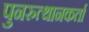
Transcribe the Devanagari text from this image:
पुनरुत्थानकर्ता